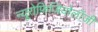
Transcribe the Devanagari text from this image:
न्यूरोफिजियोलॉजी